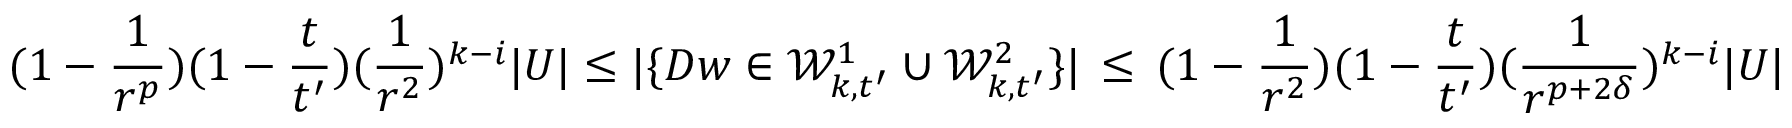
( 1 - \frac { 1 } { r ^ { p } } ) ( 1 - \frac { t } { t ^ { \prime } } ) ( \frac { 1 } { r ^ { 2 } } ) ^ { k - i } | U | \leq | \{ D w \in \mathcal { W } _ { k , t ^ { \prime } } ^ { 1 } \cup \mathcal { W } _ { k , t ^ { \prime } } ^ { 2 } \} | \, \leq \, ( 1 - \frac { 1 } { r ^ { 2 } } ) ( 1 - \frac { t } { t ^ { \prime } } ) ( \frac { 1 } { r ^ { p + 2 \delta } } ) ^ { k - i } | U |